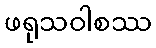
ဖရုသဝါစဿ